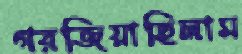
গরজিয়াছিলাম